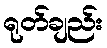
ရုတ်ချည်း